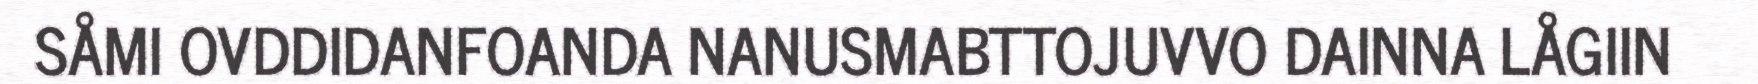
SÅMI OVDDIDANFOANDA NANUSMABTTOJUVVO DAINNA LÅGIIN